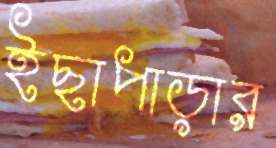
ইছাপাড়ার